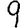
Digit: 9